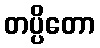
တပ္ပိတော